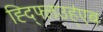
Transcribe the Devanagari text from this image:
ह्द्फ्लिउह्॑एब